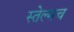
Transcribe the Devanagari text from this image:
स्तेल्मच